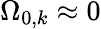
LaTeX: \Omega_{0,k}\approx 0